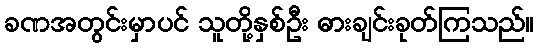
ခဏအတွင်းမှာပင် သူတို့နှစ်ဦး ဓားချင်းခုတ်ကြသည်။